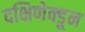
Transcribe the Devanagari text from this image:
दक्षिणेक्डून